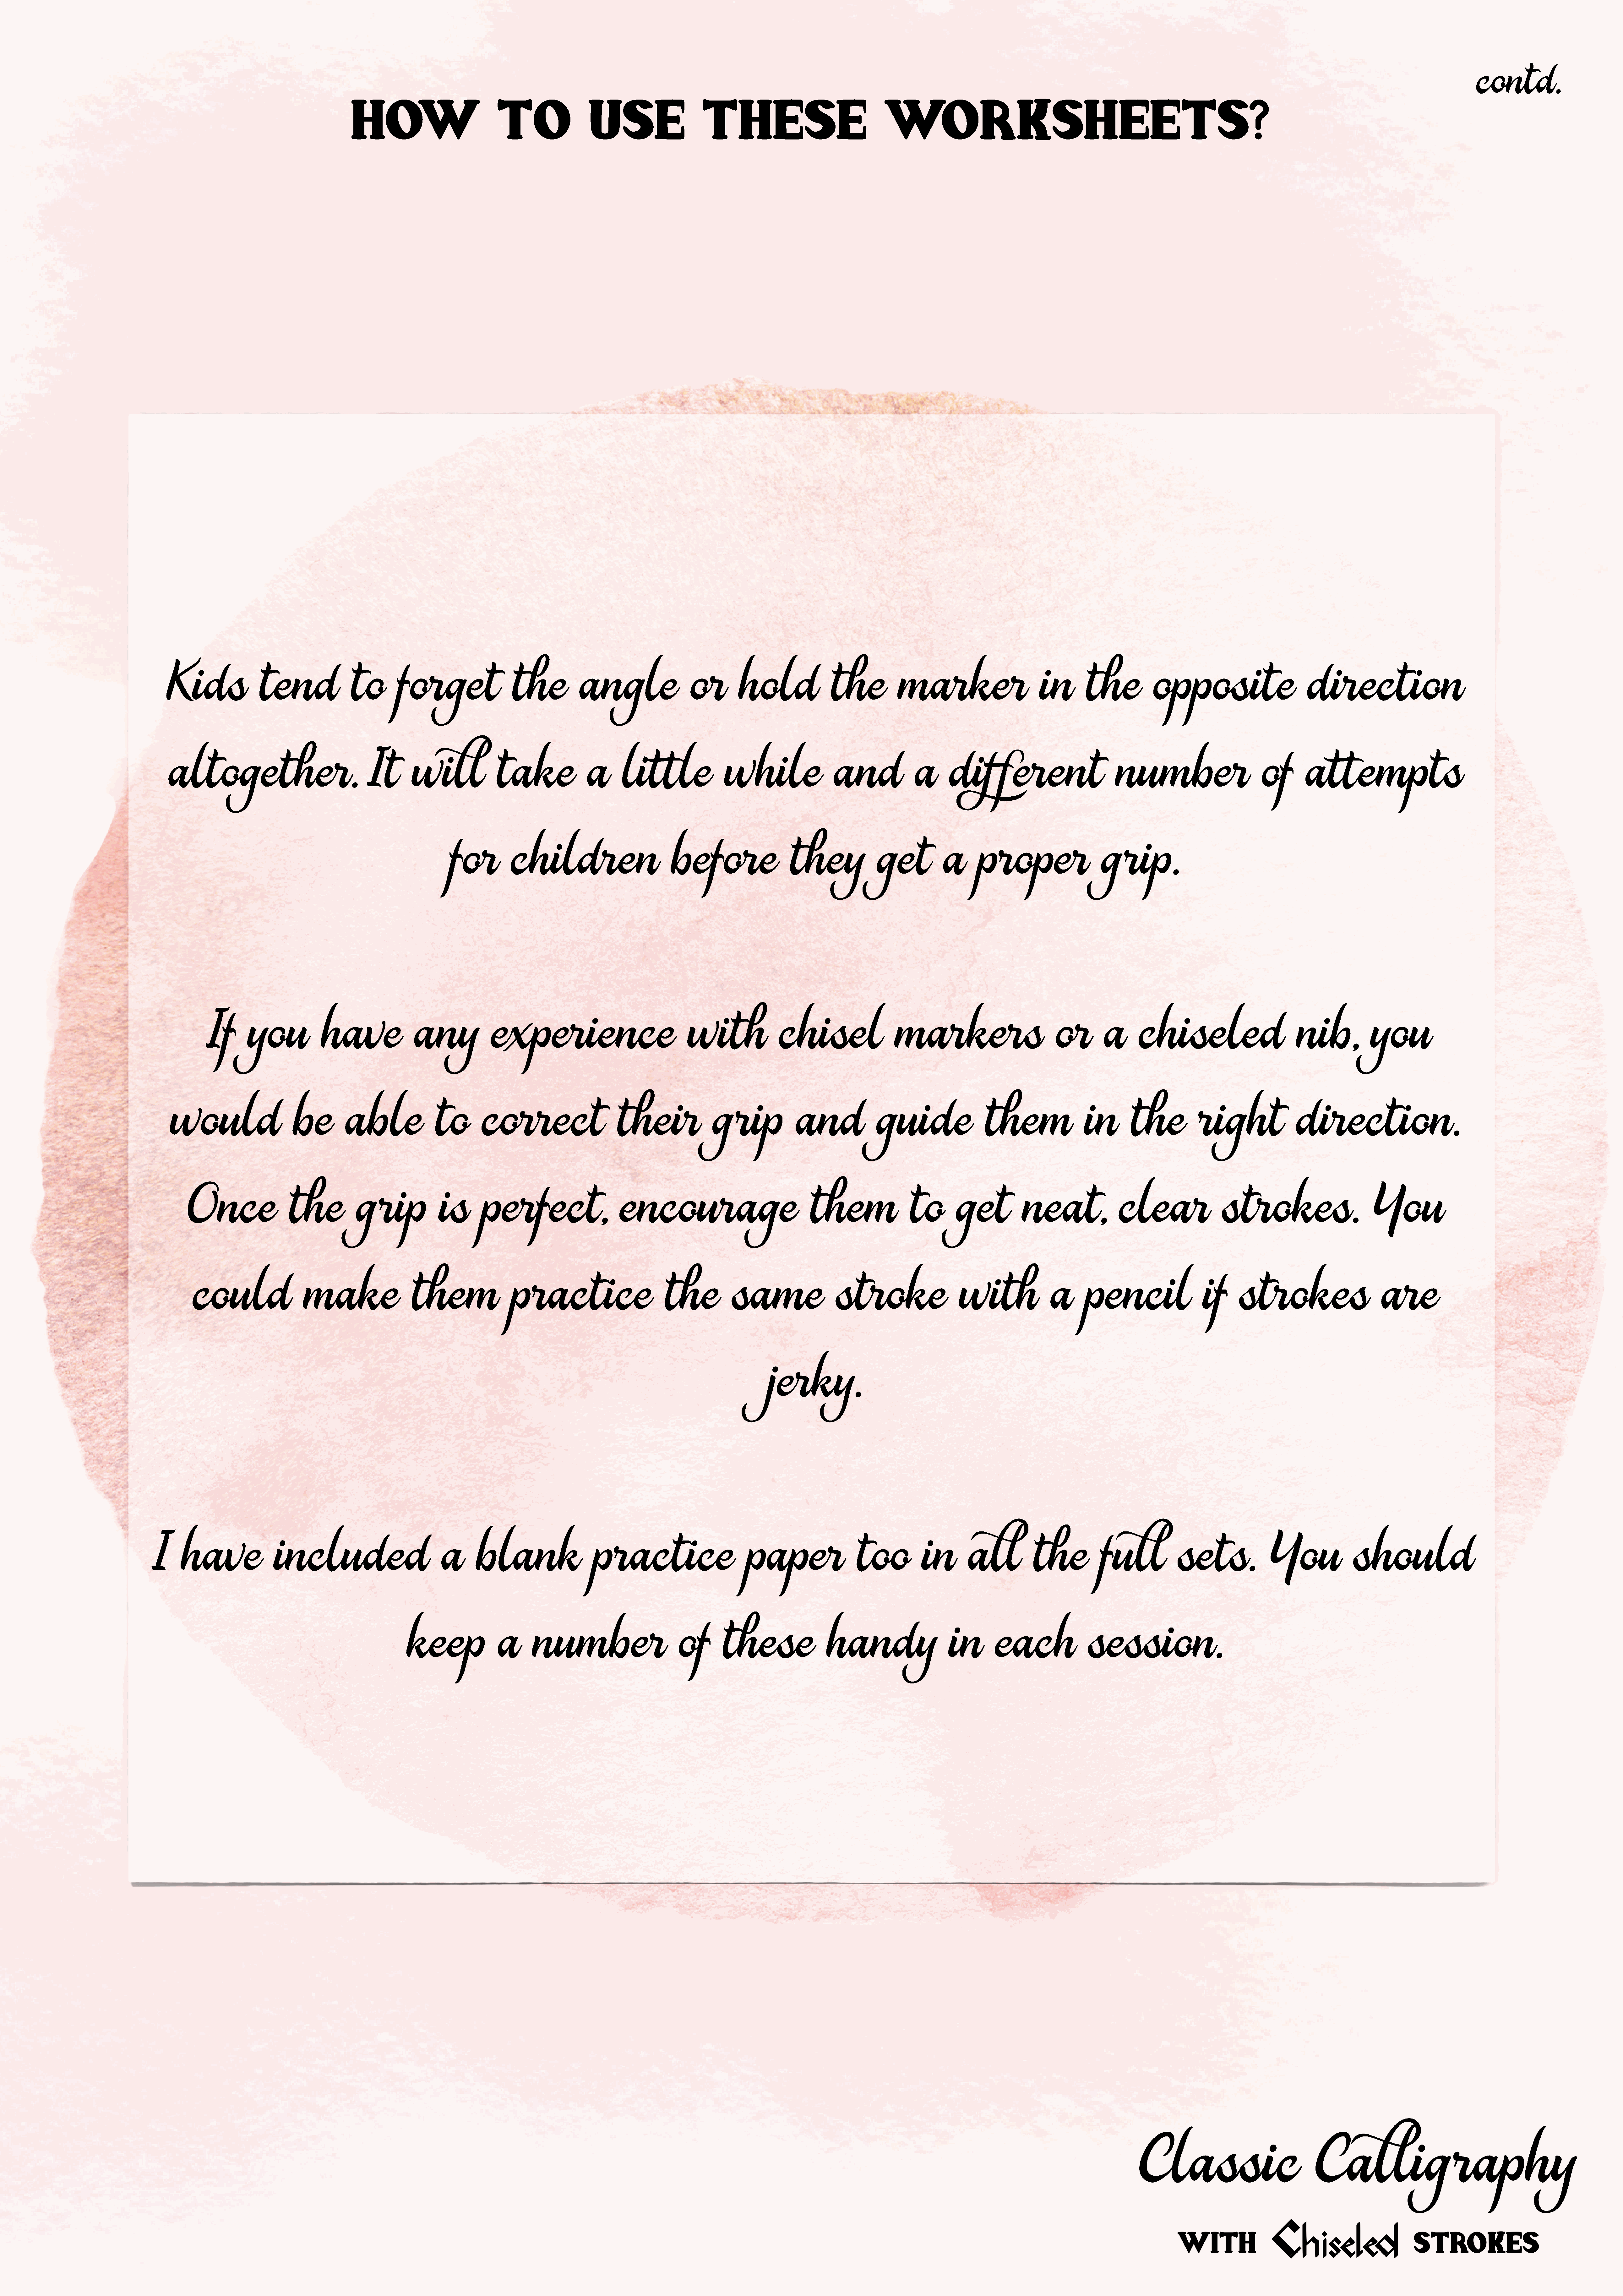
contd.
 How                            to                 use                     these                                 worksheets?
 Kids                tend               to        forget                  the           angle                   or        hold               the           marker                        in        the           opposite                         direction
 altogether.                                It      will              take               a      little                while                  and              a      different                          number                         of       attempts
 for          children                          before                   they              get           a      proper                    grip.
 If     you             have               any              experience                               with               chisel                   markers                           or        a      chiseled                         nib,            you
 would                     be         able               to        correct                     their               grip              and              guide                  them                 in       the            right               direction.
 Once                 the           grip              is       perfect,                     encourage                               them                 to        get           neat,               clear                 strokes.                        You
 could                  make                   them                 practice                        the           same                  stroke                    with                a      pencil                   if     strokes                       are
 jerky.
 I    have                included                           a       blank                   practice                         paper                  too           in       all           the           full            sets.               You              should
 keep               a      number                         of       these                 handy                     in        each                session.